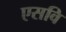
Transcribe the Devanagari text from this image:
एसवि